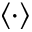
\left\langle \cdot \right\rangle